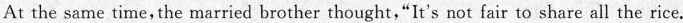
At the same time, the married brother thought,"It's not fair to share all the rice.